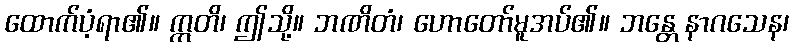
ထောက်ပံ့ရာ၏။ ဣတိ၊ ဤသို့။ ဘဏိတံ၊ ဟောတော်မူအပ်၏။ ဘန္တေ နာဂသေန၊